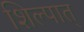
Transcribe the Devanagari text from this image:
शिल्पात्